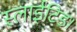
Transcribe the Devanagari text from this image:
स्लाईटिड।